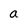
Character: a